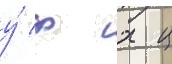
у́ ф х ц